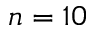
n = 1 0